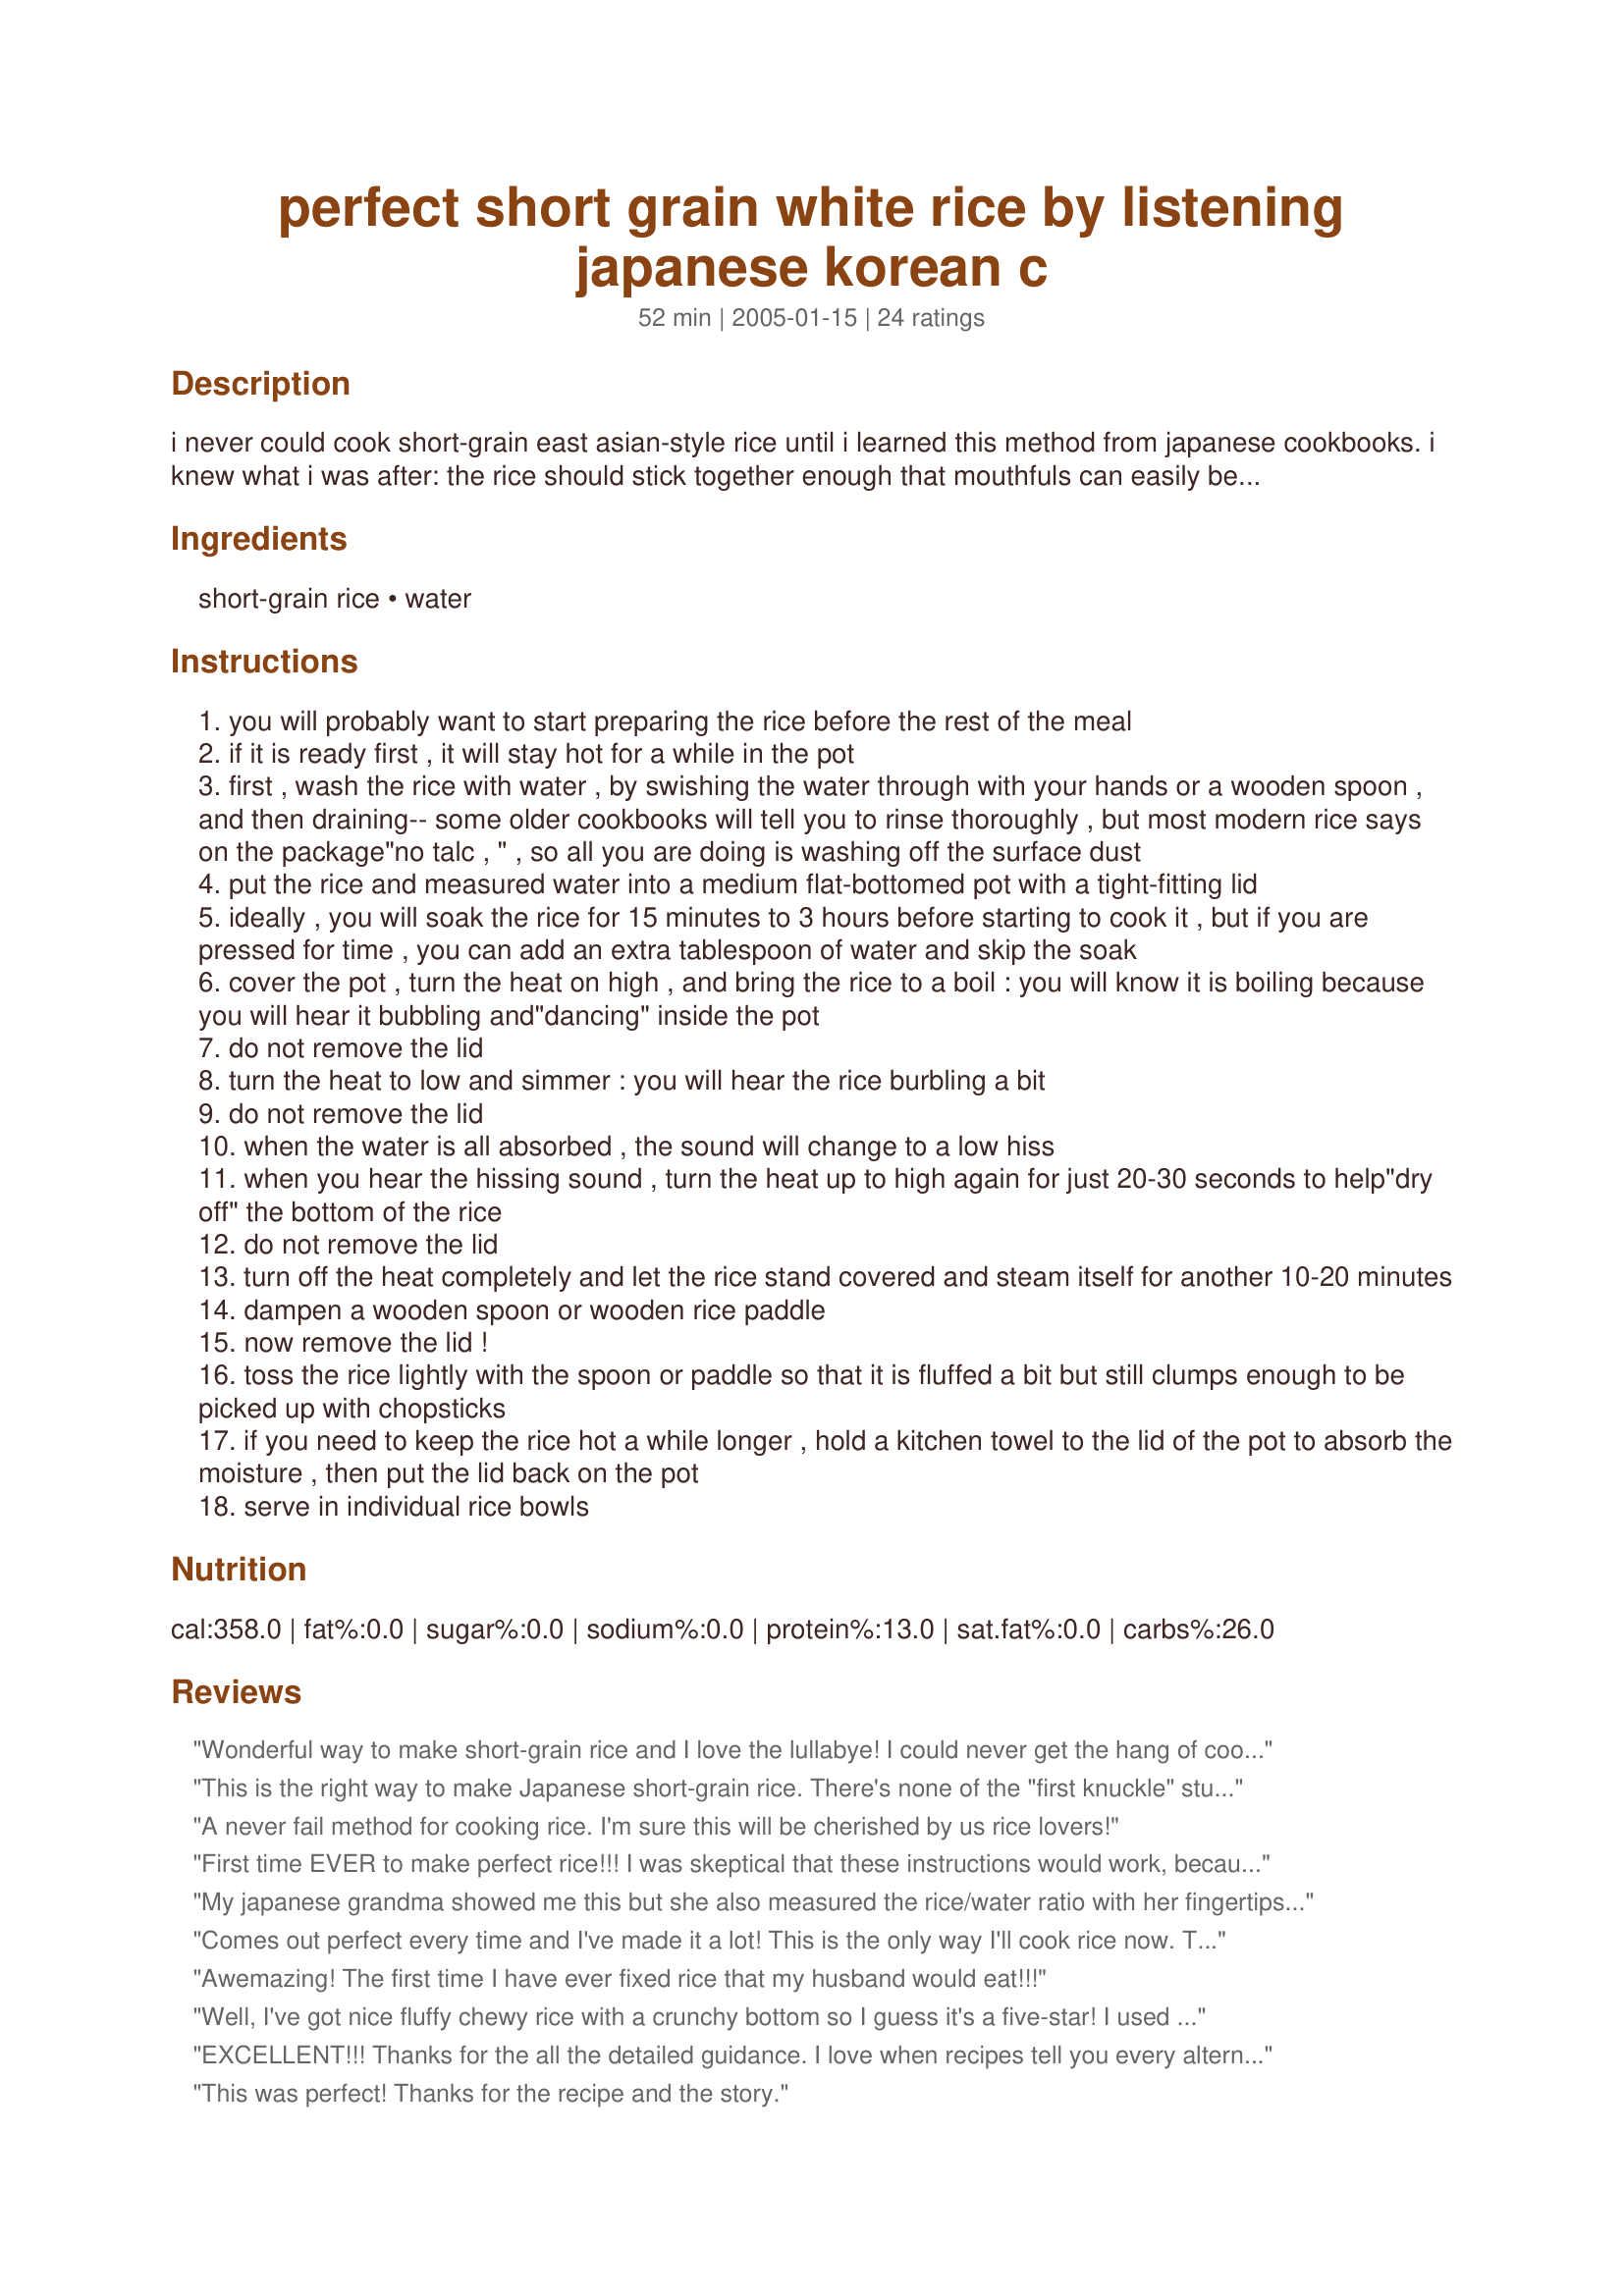
perfect short grain white rice by listening japanese korean c
Preparation time: 52 minutes

i never could cook short-grain east asian-style rice until i learned this method from japanese cookbooks. i knew what i was after: the rice should stick together enough that mouthfuls can easily be picked up with chopsticks, but not be at all sticky or gummy. each grain should be white and smooth, almost pearl-like, and should taste subtly not just of starch but of delicious grain. for a long time, my short-grain rice was not only not perfect, it often turned out gummy or scorched. i had been able to cook any kind of long-grain rice quite well for years; with that i seem to pick up on some cues i can't quite put into words, maybe just the timing, or some change in the smell. this knack didn't translate to short-grain rice, and i continued to struggle until i read some japanese cookbooks. as soon as i tried this method, i was able to produce nearly perfect short-grain white rice right away. the cues for how to cook the short-grain rice are in the sounds it makes while cooking. a japanese nursery rhyme explains: hajime choro choro (at first it bubbles) naka pa ppa (and then it hisses) akago naite mo (even if the baby is crying (from hunger)) futa toru na (don't remove the lid)

Ingredients:
short-grain rice, water

Steps:
you will probably want to start preparing the rice before the rest of the meal
if it is ready first , it will stay hot for a while in the pot
first , wash the rice with water , by swishing the water through with your hands or a wooden spoon , and then draining-- some older cookbooks will tell you to rinse thoroughly , but most modern rice says on the package"no talc , " , so all you are doing is washing off the surface dust
put the rice and measured water into a medium flat-bottomed pot with a tight-fitting lid
ideally , you will soak the rice for 15 minutes to 3 hours before starting to cook it , but if you are pressed for time , you can add an extra tablespoon of water and skip the soak
cover the pot , turn the heat on high , and bring the rice to a boil : you will know it is boiling because you will hear it bubbling and"dancing" inside the pot
do not remove the lid
turn the heat to low and simmer : you will hear the rice burbling a bit
do not remove the lid
when the water is all absorbed , the sound will change to a low hiss
when you hear the hissing sound , turn the heat up to high again for just 20-30 seconds to help"dry off" the bottom of the rice
do not remove the lid
turn off the heat completely and let the rice stand covered and steam itself for another 10-20 minutes
dampen a wooden spoon or wooden rice paddle
now remove the lid !
toss the rice lightly with the spoon or paddle so that it is fluffed a bit but still clumps enough to be picked up with chopsticks
if you need to keep the rice hot a while longer , hold a kitchen towel to the lid of the pot to absorb the moisture , then put the lid back on the pot
serve in individual rice bowls

Reviews:
Wonderful way to make short-grain rice and I love the lullabye! I could never get the hang of cooking Japanese rice and here it works out beautifully. Thank you for posting Nose, great insstructions. Diane
This is the right way to make Japanese short-grain rice. There's none of the "first knuckle" stuff that makes some significant assumptions about the size of the pot. For each part of rice there is an equal amount PLUS one-fifths part of water. A bit of browning on the bottom of the pot (called okoge)is desirable as it adds flavor to the rice. This method will give you that little bit of browning, if you're careful not to burn it. Amazingly the Japanese have designed some of their rice cookers to make that crunchy bit on the bottom. Thanks for posting this, it's perfect!
A never fail method for cooking rice. I'm sure this will be cherished by us rice lovers!
First time EVER to make perfect rice!!! I was skeptical that these instructions would work, because most rice instructions say to put 2 parts water and 1 part rice. This method is 1 to 1 instead. I thought to myself that the rice would not have enough water and would turn out hard and uncooked. But despite my doubt, I tried these instructions EXACTLY how they were given. To my (pleasant) surprise, the rice turned out PERFECT!!! Finally, a go-to recipe to achieve perfect consistency of rice. I am soooooooo excited :D After years of mushy, gross rice.. I&#039;ve found the way!
My japanese grandma showed me this but she also measured the rice/water ratio with her fingertips. Don't ask me how but it worked everytime for her...i have always measured though because I dont trust myself haha
Comes out perfect every time and I've made it a lot! This is the only way I'll cook rice now. Thank you!
Awemazing! The first time I have ever fixed rice that my husband would eat!!!
Well, I've got nice fluffy chewy rice with a crunchy bottom so I guess it's a five-star! I used a small claypot which didn't exactly have a tight lid. I rinsed out the rice (1 cup rice), used 1 cup of water. The rice had retained some water from the rinsing (about 1.5 or 2 tbs). I had to lift the lid a couple of times (very quickly!!) and after the final lifting of lid (step 14), I fluffed up the rice and put some Unagi (Japanese BBQ eel) on top to warm up. It is seriously good! Thank you for posting this. It's a keeper.
EXCELLENT!!! Thanks for the all the detailed guidance. I love when recipes tell you every alternative. This comes out perfect every time!
This was perfect! Thanks for the recipe and the story.
Thank you sooo much for teaching us all how to make this type of rice! My DH spontaneously said, "Honey, this rice is SO GOOD! Did you do somthing different?" Needless to say, I'll be making this often. :)
Consistently, this has been my go to recipe for short grained rice. I make it in a regular pot with a good tight lid. The timing is perfect, and it never-ever-never comes out wrong. Thank-you!
i was hesitant to make this, but only because i just barely learned how to make my regular white rice without it being sticky and mushy. however, i love steamed rice but we don't have a steamer. i'm not the greatest cook in the world, and i haven't fully developed my cooking instinct. so when i was making it, i wasn't sure if i was hearing everything right. the dancing part was easier to hear for me than the hiss because it was hard for me to hear the bubbling. however, i must've been right because it came out perfect. the bottom wasn't browned but i don't mind. i didn't think it was going to take quite so long but it was worth it. i'm sure it was amusing for my family to see me sitting next to the stove on a stool leaning towards the pot to try to hear it, but i'm glad i did :) the rice came out perfectly sticky like in a steamer! thanks so much for sharing the art of making japanese rice just right!
Great recipe. Rice comes out perfect!! Usually avoided making white rice because it would always come out gooey. Thanks a bunch!!
Worked like a charm.
i never could cook it properly, as im so used to long grains and they're a heck a lot easier to cook. i didnt know it's THIS hard to cook short grains~~~but hey, mine came out all perfect!!!! i cant thank you enough ^^
came out really nice but takes alot longer than the regular 20 minutes for good steamed rice! 

Thanks for sharing
Mama
Thanks for sharing, the rice came out tasty and the texture was nice and sticky. However, some of the rice (on the bottom) was hard and uncooked. I followed the directions precisely on my first attempt. The second time I let it boil and simmer longer, but there was still uncooked rice at the bottom. Does anybody know why this happened and how I can fix it? I tried scooping the uncooked rice out and putting it in a bowl w/ water and microwaving it, but that didn&#039;t work out.
I've used this recipe 5 times and it comes out great everytime!! Thanks for posting it :)
i love your intro .now you got me all hyped to make your recipe.totally cute rhyme.
I have made this recipe more times than I can count on multiple stoves, electric and gas and it is ALWAYS PERFECT! Finally a fool proof way to make perfect rice both regular and fried rice. YUMMY! Thanks!
I live in Japan. I tried and tried to duplicate japanese rice, but all of the japanese nationals use rice cookers, and couldn't give me much advice. My rice always turned out gummy and gloppy. I tried this recipe, and voila, my rice turned out just like rice at a real Japanese restaurant! This is the only method I use for cooking genuine japanese rice. Thank you so much!!
Great advice for cooking short grain rice, which is something I did for the first time today! following this recipe gave me perfect sticky rice which topped of our dinner of Thai Pineapple Curry :O) Yum.
Excellent method! It produced the texture that I always try for (and fail). Thanks for posting this!
